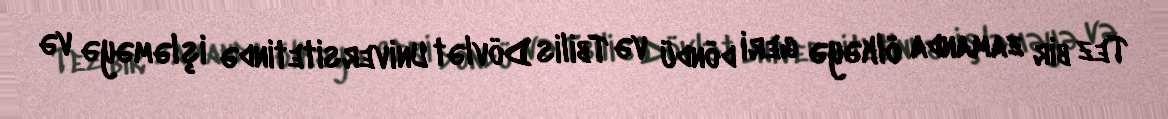
Tez bir zamanda ölkəyə geri döndü və Tbilis Dövlət Universitetində işləməyə və